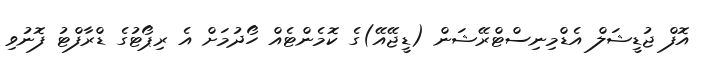
އޮފް ޖުޑީޝަލް އެޑްމިނިސްޓްރޭޝަން (ޑީޖޭއޭ)ގެ ކޮމެންޓެއް ހޯދުމަށް އެ ރިޕޯޓުގެ ޑްރާފްޓު ފޮނުވި